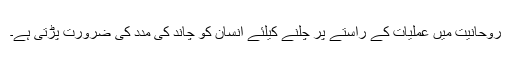
روحانیت میں عملیات کے راستے پر چلنے کیلئے انسان کو چاند کی مدد کی ضرورت پڑتی ہے۔